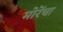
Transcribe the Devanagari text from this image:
मोरेंचा